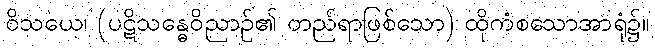
ဝိသယေ၊ (ပဋိသန္ဓေဝိညာဉ်၏ တည်ရာဖြစ်သော) ထိုကံစသောအာရုံ၌။